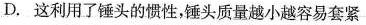
D.这利用了锤头的惯性，锤头质量越小越容易套紧